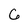
Character: G